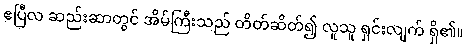
ဧပြီလ ဆည်းဆာတွင် အိမ်ကြီးသည် တိတ်ဆိတ်၍ လူသူ ရှင်းလျက် ရှိ၏။